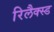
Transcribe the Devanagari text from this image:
रिलैक्स्ड